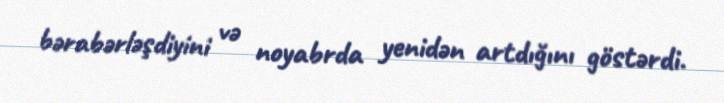
bərabərləşdiyini və noyabrda yenidən artdığını göstərdi.